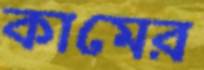
কামের